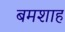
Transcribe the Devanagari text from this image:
बमशाह